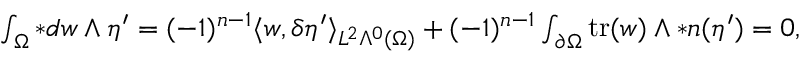
\begin{array} { r } { \int _ { \Omega } \ast d w \wedge \eta ^ { \prime } = ( - 1 ) ^ { n - 1 } \langle w , \delta \eta ^ { \prime } \rangle _ { L ^ { 2 } \Lambda ^ { 0 } ( \Omega ) } + ( - 1 ) ^ { n - 1 } \int _ { \partial \Omega } \mathrm { t r } ( w ) \wedge \ast \boldsymbol { n } ( \eta ^ { \prime } ) = 0 , } \end{array}